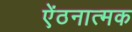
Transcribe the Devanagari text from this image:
ऐंठनात्मक